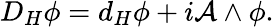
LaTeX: D_{H}\phi=d_{H}\phi+i{\mathcal A}\wedge\phi.